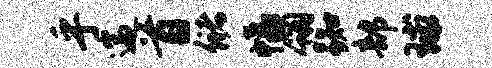
乎遄首储幅翎踟部球